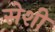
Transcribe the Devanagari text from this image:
सेशी